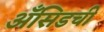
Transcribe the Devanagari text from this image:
अँसिडची